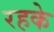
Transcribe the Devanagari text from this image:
रहके